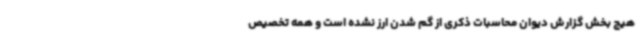
هیچ بخش گزارش دیوان محاسبات ذکری از گم شدن ارز نشده است و همه تخصیص